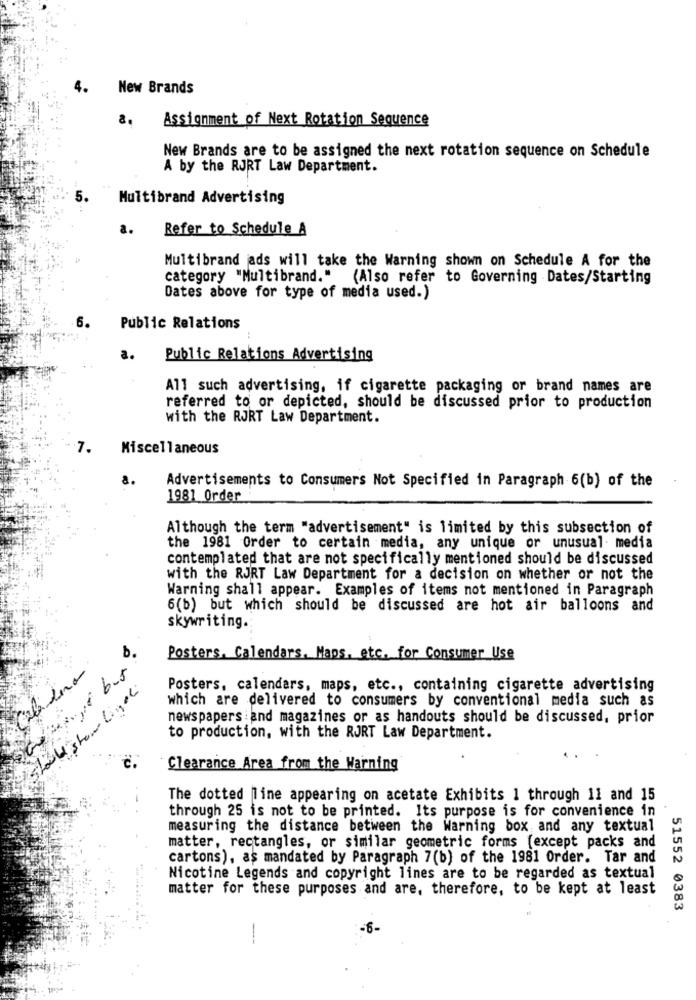
4.
New Brands
a.
Assignment of Next Rotation Sequence
New Brands are to be assigned the next rotation sequence on Schedule
A by the RJRT Law Department.
5.
Multibrand Advertising
a.
Refer to Schedule A
Multibrand ads will take the Warning shown on Schedule A for the
category "Multibrand." (Also refer to Governing Dates/Starting
Dates above for type of media used.)
6.
Public Relations
a.
Public Relations Advertising
All such advertising, if cigarette packaging or brand names are
referred to or depicted, should be discussed prior to production
with the RJRT Law Department.
7.
Miscellaneous
Advertisements to Consumers Not Specified in Paragraph 6(b) of the
1981 Order
Although the term "advertisement" is limited by this subsection of
the 1981 Order to certain media, any unique or unusual media
contemplated that are not specifically mentioned should be discussed
with the RJRT Law Department for a decision on whether or not the
Warning shall appear. Examples of items not mentioned in Paragraph
6(b) but which should be discussed are hot air balloons and
skywriting.
b.
Posters, Calendars. Maps, etc. for Consumer Use
Posters, calendars, maps, etc ., containing cigarette advertising
which are delivered to consumers by conventional media such as
newspapers:and magazines or as handouts should be discussed, prior
to production, with the RJRT Law Department.
C.
Clearance Area from the Warning
The dotted line appearing on acetate Exhibits 1 through 11 and 15
through 25 is not to be printed. Its purpose is for convenience in
measuring the distance between the Warning box and any textual
matter, rectangles, or similar geometric forms [except packs and
cartons), as mandated by Paragraph 7(b) of the 1981 Order. Tar and
Nicotine Legends and copyright lines are to be regarded as textual
matter for these purposes and are, therefore, to be kept at least
552 0383
--